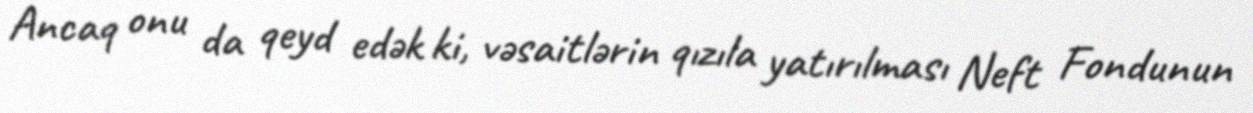
Ancaq onu da qeyd edək ki, vəsaitlərin qızıla yatırılması Neft Fondunun